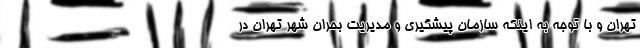
تهران و با توجه به اینکه سازمان پیشگیری و مدیریت بحران شهر تهران در